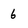
Character: 6